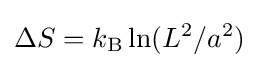
\Delta S=k_{\rm {B}}\ln(L^{2}/a^{2})